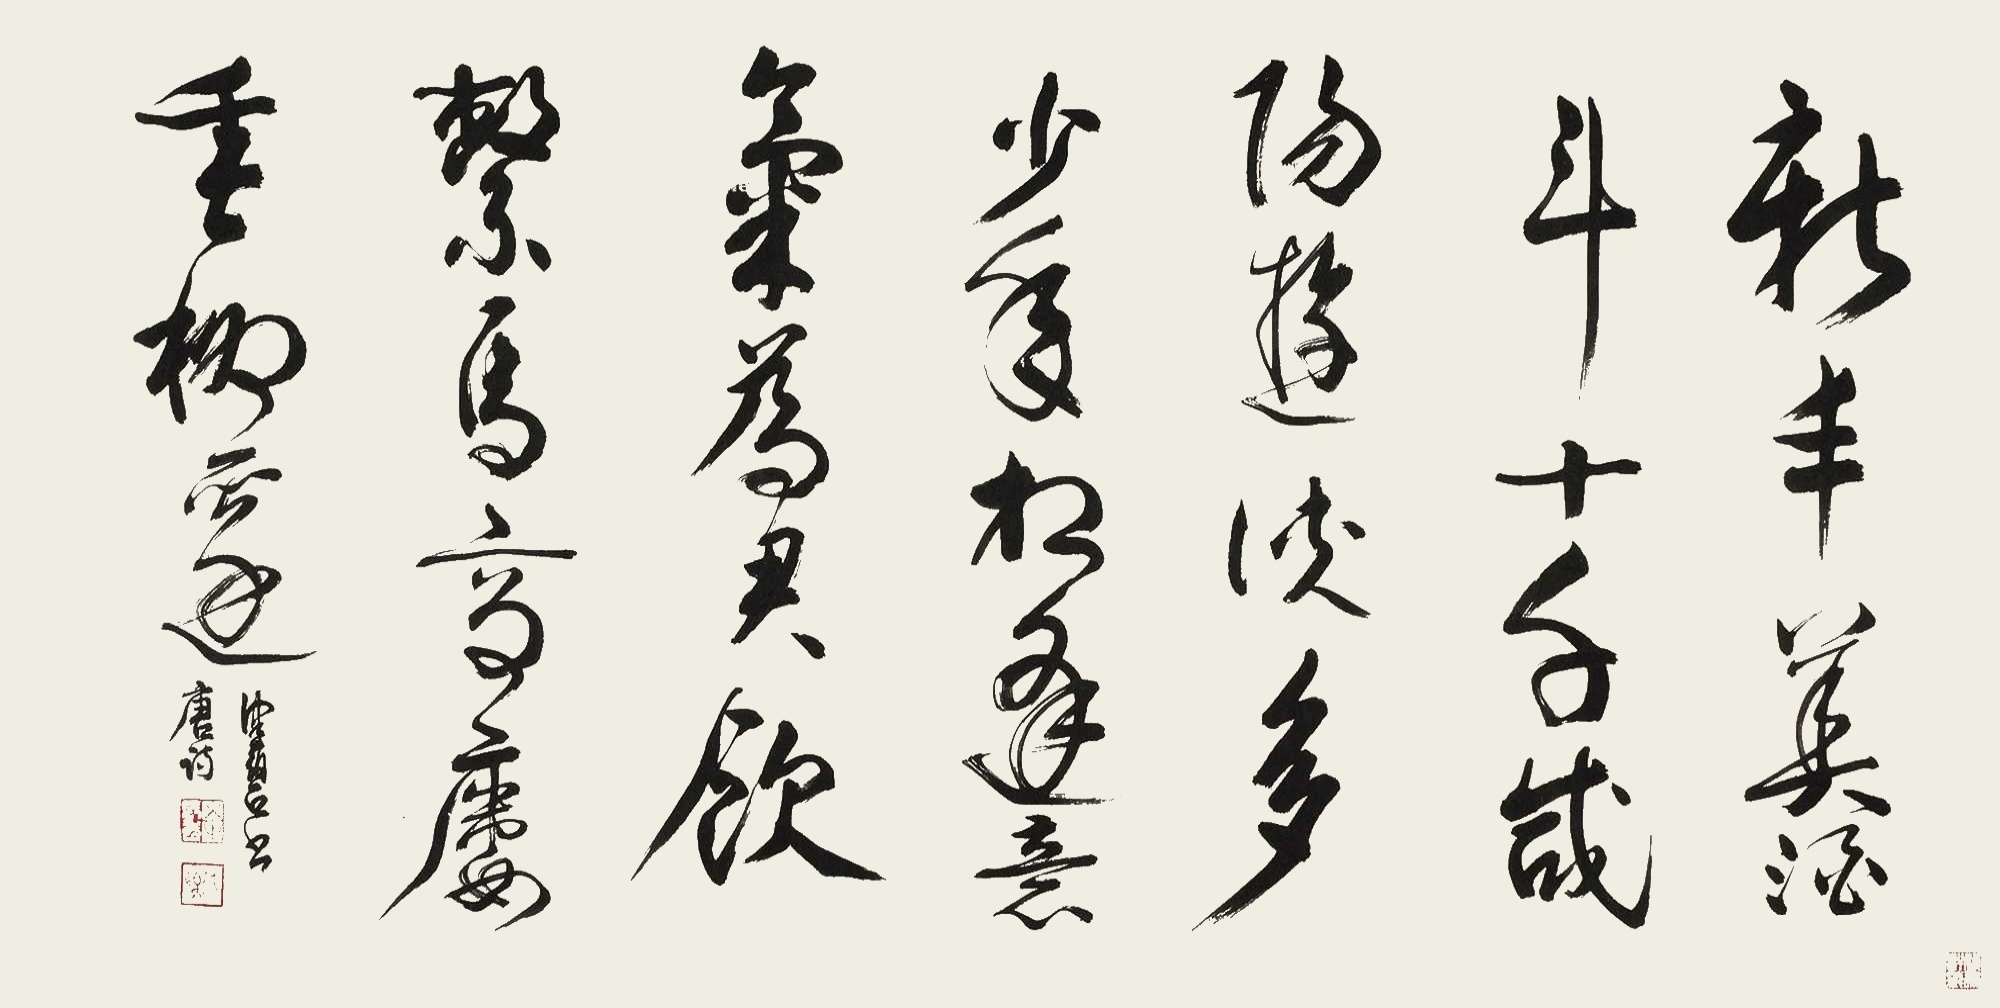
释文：新丰美酒斗十千，咸阳游侠多少年。相逢意气为君饮，系马高楼垂柳边。健碧书唐诗。